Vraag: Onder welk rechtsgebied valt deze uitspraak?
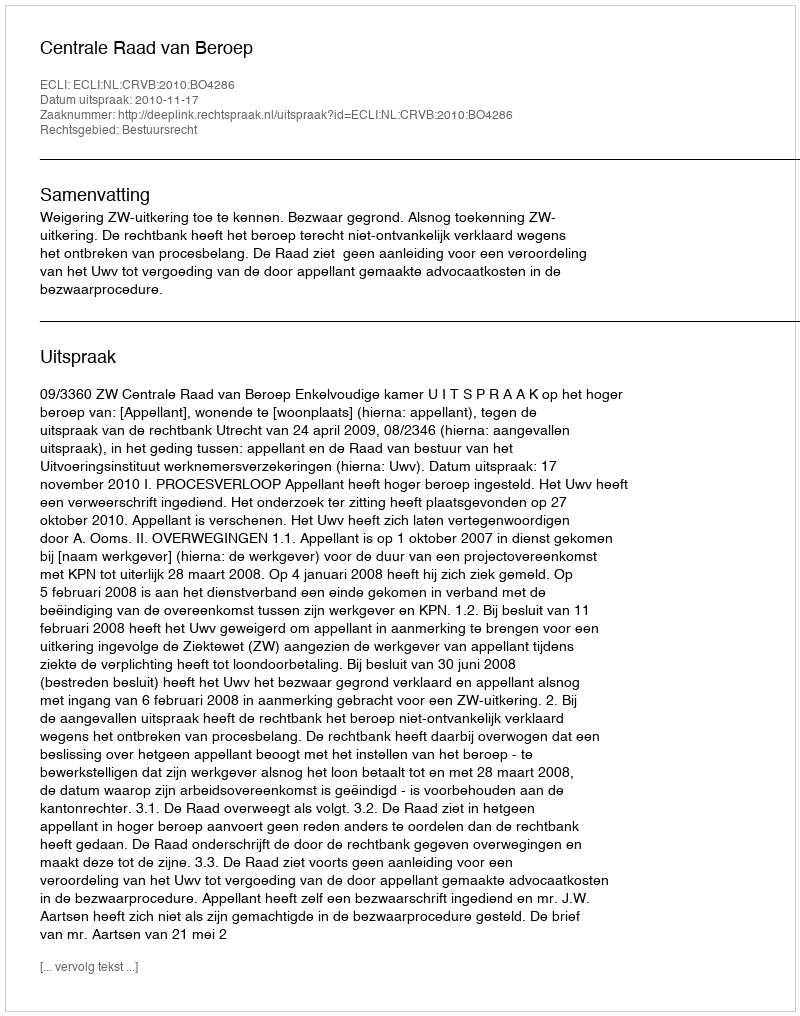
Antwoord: Bestuursrecht